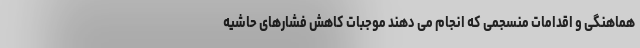
هماهنگی و اقدامات منسجمی که انجام می دهند موجبات کاهش فشارهای حاشیه